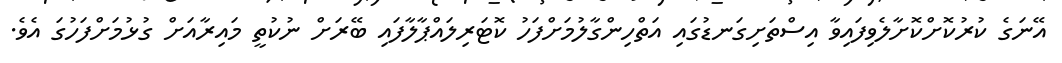
އޭނަގެ ކުރުކޮށްކޮށާލެވިފައިވާ އިސްތަށިގަނޑުގައި އަތްހިންގާލުމަށްފަހު ކޮޓަރިލައްޕާލާފައި ބޭރަށް ނުކުތީ މައިރާއަށް ގުޅުމަށްފަހުގަ އެވެ.